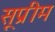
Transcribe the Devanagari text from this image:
सूप्रीम